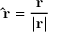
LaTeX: \mathbf { \hat { r } } = \mathbf { \frac { r } { | r | } }